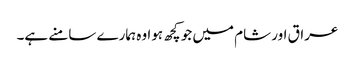
عراق اور شام میں جو کچھ ہوا وہ ہمارے سامنے ہے۔